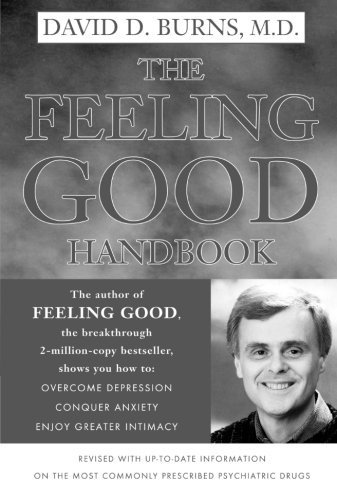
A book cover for The Feeling Good Handbook; David D. Burns; Self-Help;